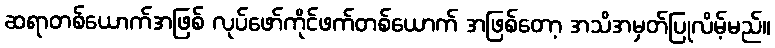
ဆရာတစ်ယောက်အဖြစ် လုပ်ဖော်ကိုင်ဖက်တစ်ယောက် အဖြစ်တော့ အသိအမှတ်ပြုလိမ့်မည်။